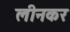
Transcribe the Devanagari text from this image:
लीनकर